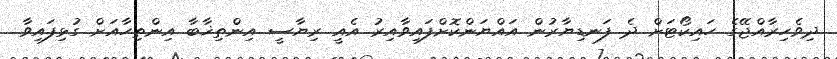
ދިވެހިރާއްޖޭގެ ހައިކޯޓަށް ދެ ފަނޑިޔާރުން އައްޔަންކޮށްފައިވާއިރު އެއީ ރިޔާސީ އިންތިޚާބާ އިންތިހާއަށް ގުޅިފައިވާ